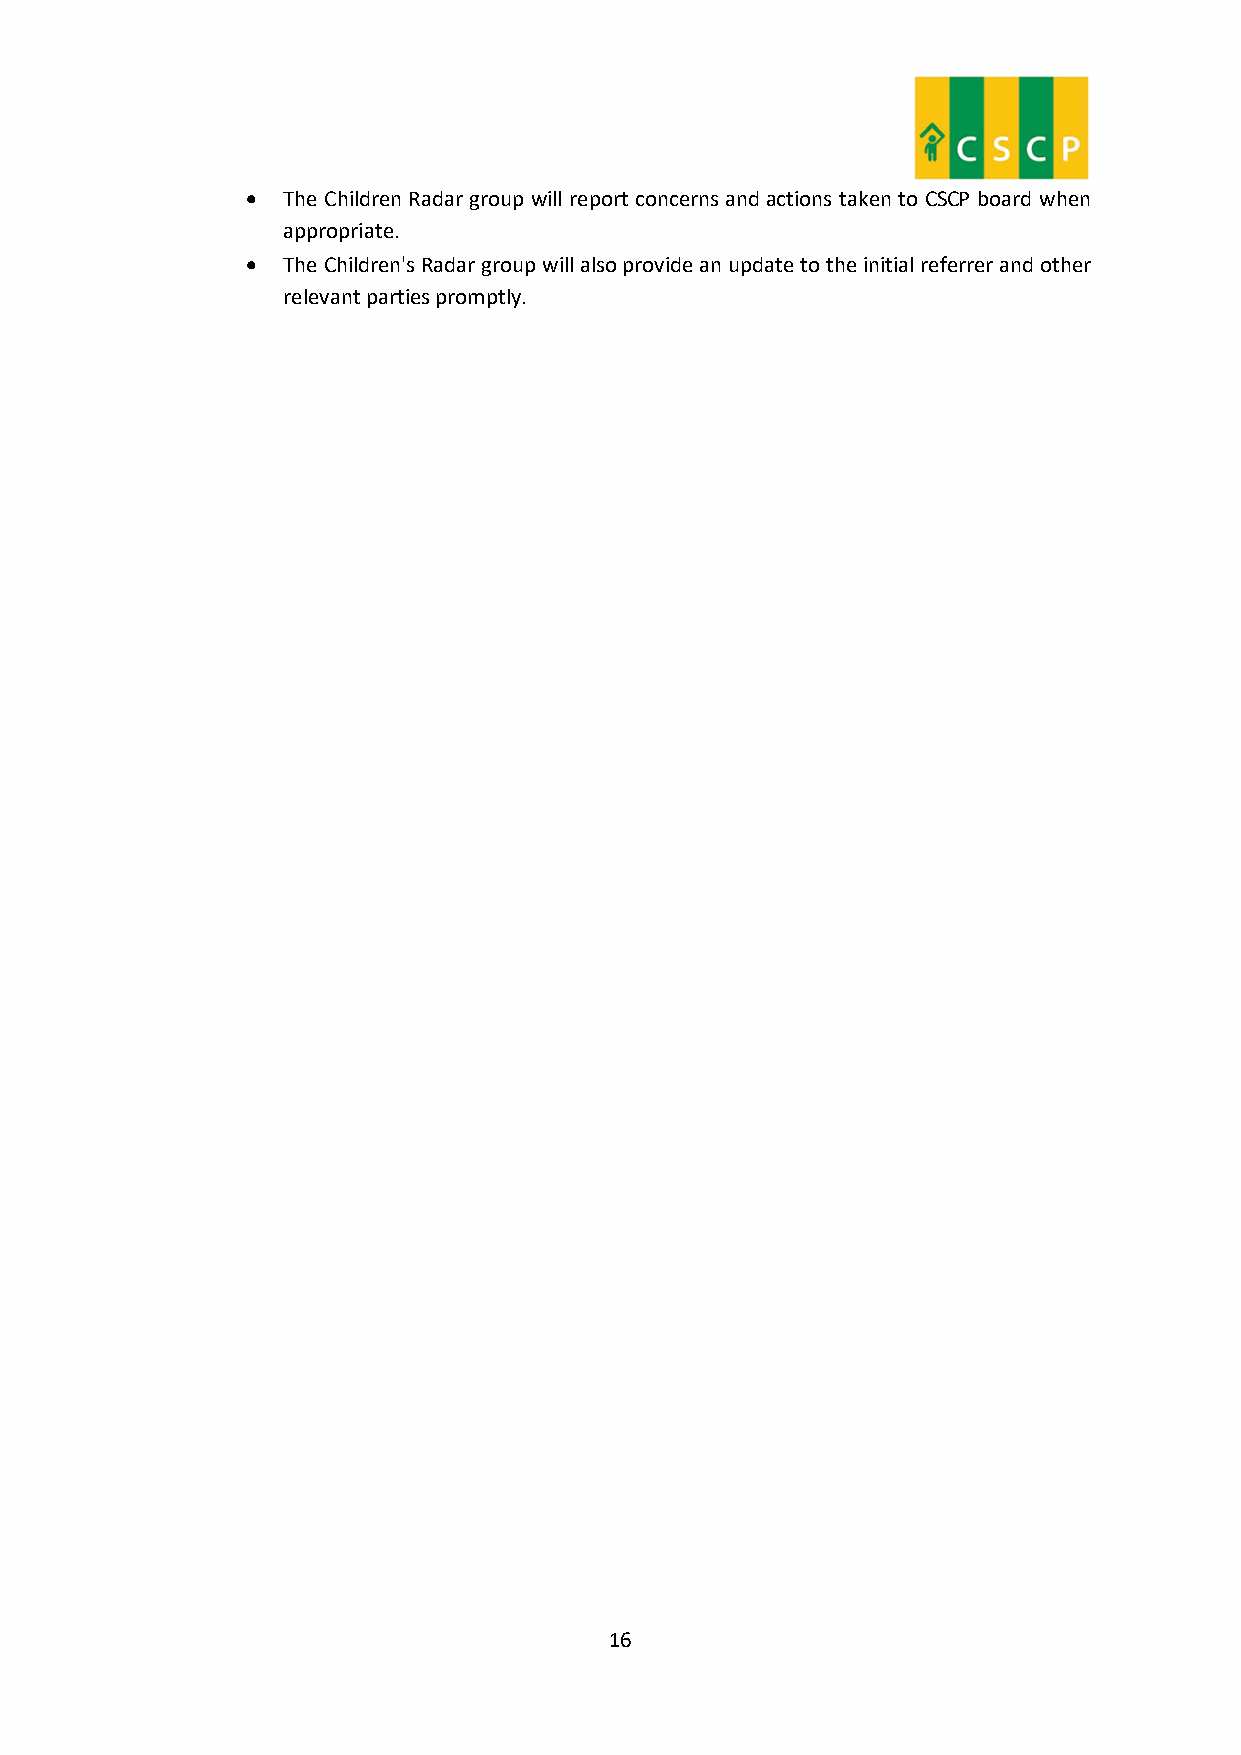
  The Children Radar group will report concerns and actions taken to CSCP board when
 appropriate.
   The Children's Radar group will also provide an update to the initial referrer and other
 relevant parties promptly.
 16